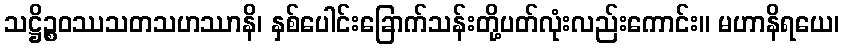
သဋ္ဌိဉ္စဝဿသတသဟဿာနိ၊ နှစ်ပေါင်းခြောက်သန်းတို့ပတ်လုံးလည်းကောင်း။ မဟာနိရယေ၊